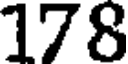
178